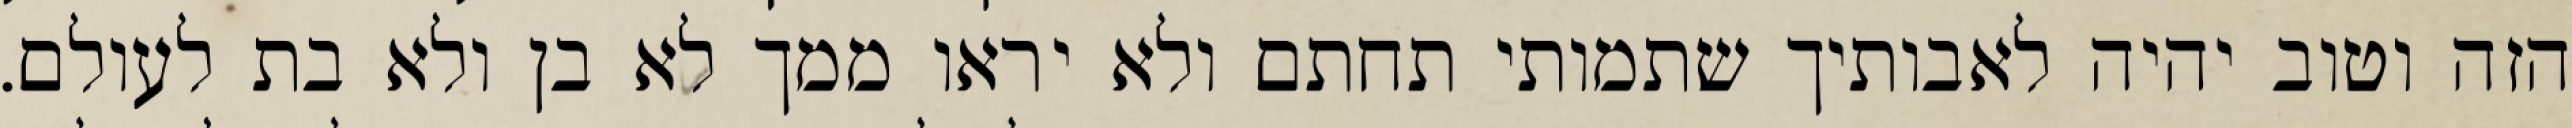
הזה וטוב יהיה לאבותיך שתמותי תחתם ולא יראו ממך לא בן ולא בת לעולם.